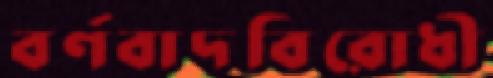
বর্ণবাদবিরোধী